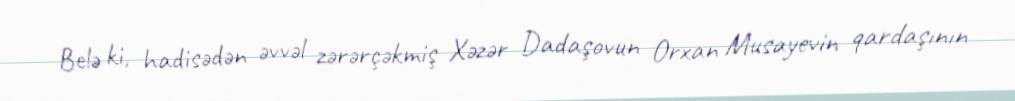
Belə ki, hadisədən əvvəl zərərçəkmiş Xəzər Dadaşovun Orxan Musayevin qardaşının